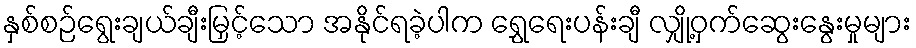
နှစ်စဉ်ရွေးချယ်ချီးမြှင့်သော အနိုင်ရခဲ့ပါက ရွှေရေးပန်းချီ လျှို့ဝှက်ဆွေးနွေးမှုများ